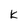
Character: k